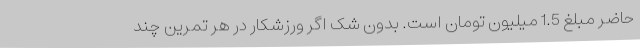
حاضر مبلغ 1.5 میلیون تومان است. بدون شک اگر ورزشکار در هر تمرین چند